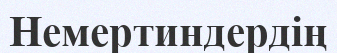
Немертиндердің